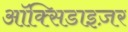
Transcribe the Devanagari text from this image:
ऑक्सिडाइज़र